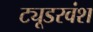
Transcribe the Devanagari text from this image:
ट्यूडरवंश